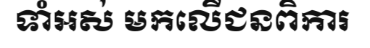
ទាំអស់ មកលើជនពិការ